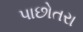
પાછોતરા